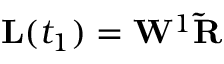
\mathbf L ( t _ { 1 } ) = \mathbf W ^ { 1 } \mathbf { \widetilde R }